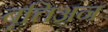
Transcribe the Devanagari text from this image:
बृत्तिअन